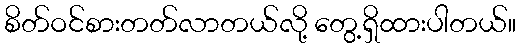
စိတ်ဝင်စားတတ်လာတယ်လို့ တွေ့ရှိထားပါတယ်။